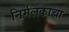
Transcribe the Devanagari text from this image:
निर्मलकाचा